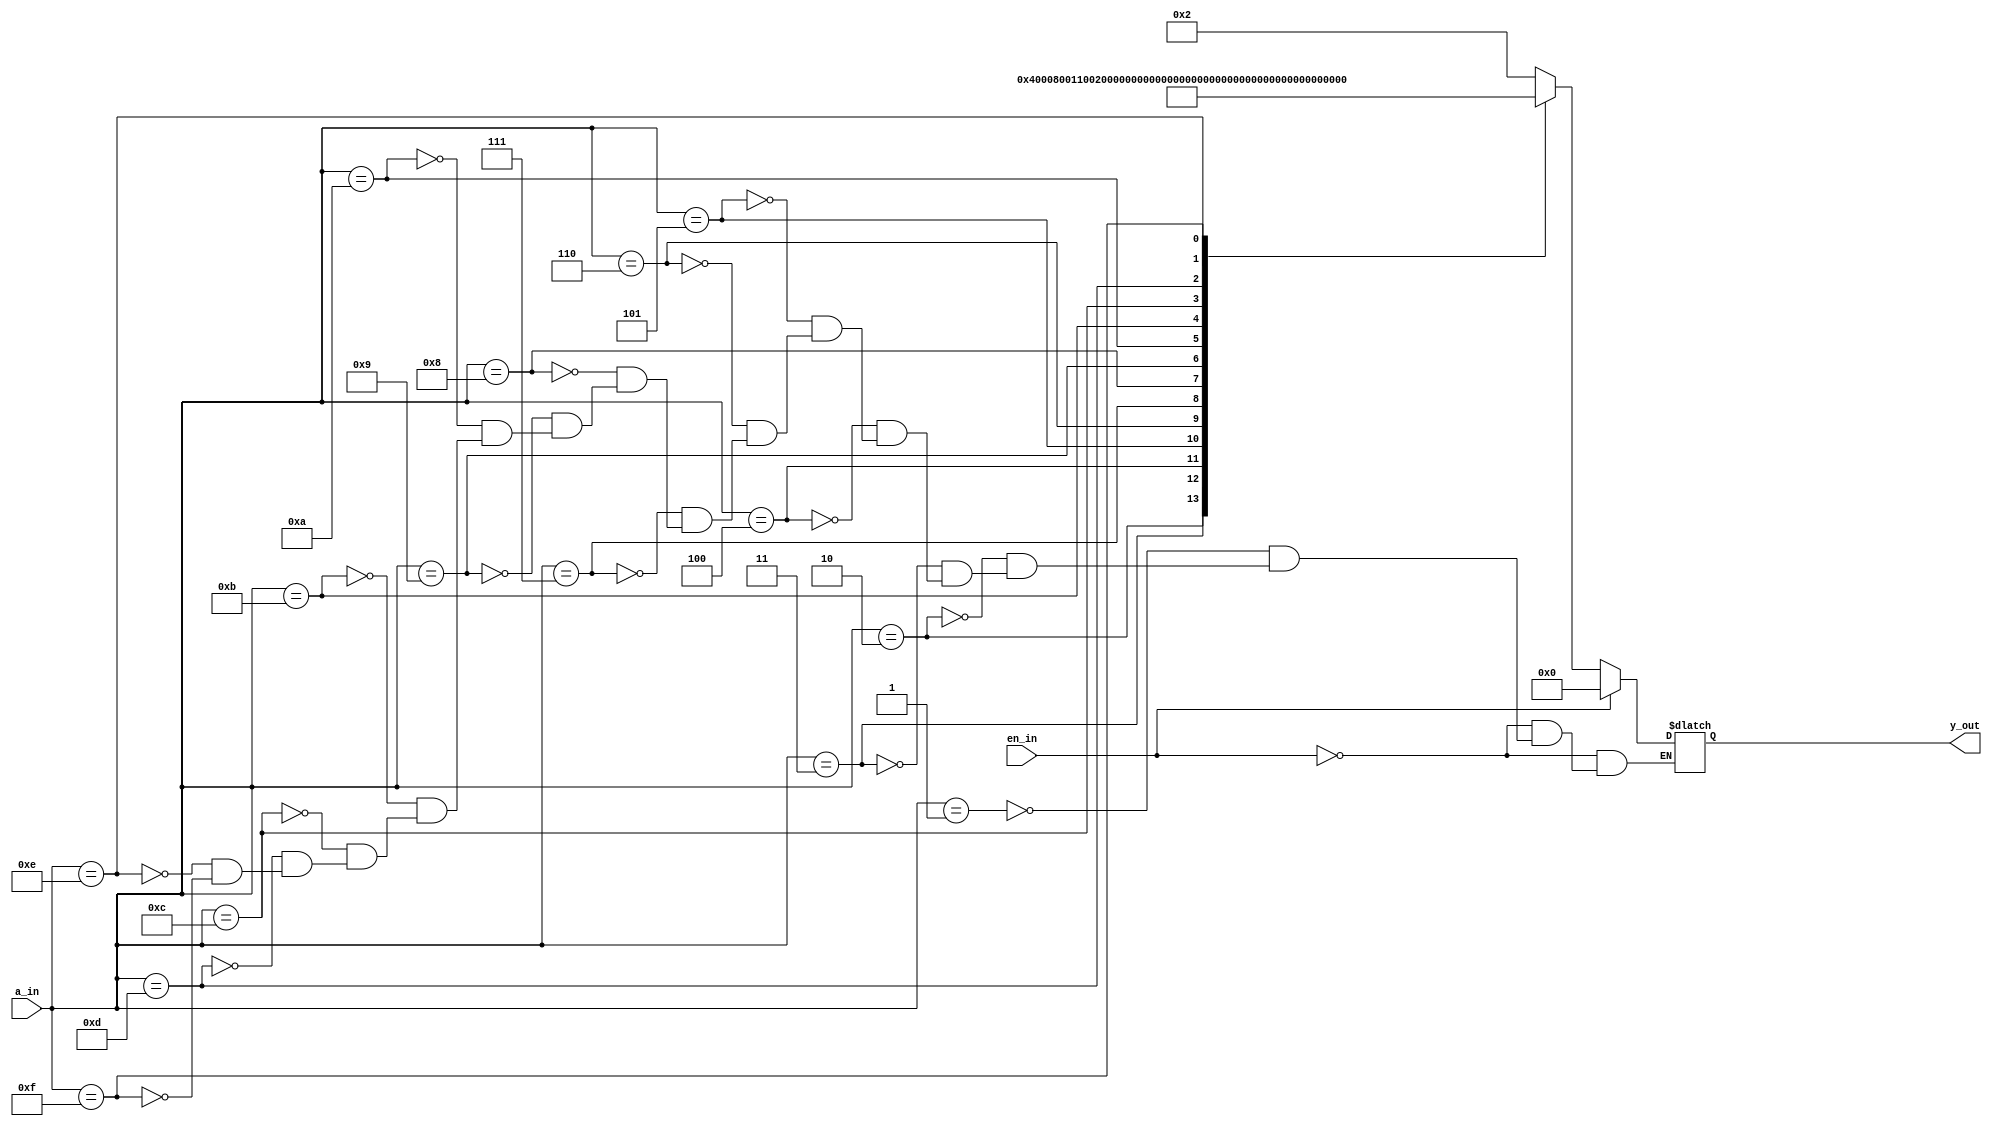
module decoder (output reg [15:0]  y_out,
            input [3:0]a_in,
	   input en_in);
  always@(*)
    begin
    if(!en_in) begin
  case(a_in)
  		   4'b0001: y_out = 16'b0000000000000010;
    		   4'b0010: y_out = 16'b0000000000000100;
    			  4'b0011: y_out = 16'b0000000000001000;
   			  4'b0100: y_out = 16'b0000000000010001;
   		      	 4'b0101: y_out = 16'b0000000000100000;
   			 4'b0110: y_out = 16'b0000000001000000;
  			  4'b0111: y_out = 16'b0000000010000000;
			    4'b1000: y_out = 16'b0000000100000000;
			    4'b1001: y_out = 16'b0000001000000000;
			    4'b1010: y_out = 16'b0000010000000000;
			    4'b1011: y_out = 16'b0000100000000000;
			    4'b1100: y_out = 16'b0001000000010000;			   																						 
          4'b1101: y_out = 16'b0010000000000000;
   			 4'b1110: y_out = 16'b0100000000000000;
   			 4'b1111: y_out = 16'b1000000000000000;
  endcase end
   else      y_out = 16'b0000000000000000;
    end
endmodule